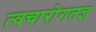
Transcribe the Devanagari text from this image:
त्वचारोगतज्ञ